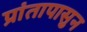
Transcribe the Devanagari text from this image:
प्रांतापासुन